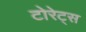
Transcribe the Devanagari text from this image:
टोरेट्स